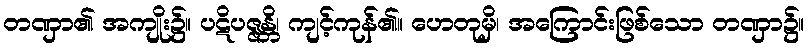
တဏှာ၏ အကျိုး၌။ ပဋိပဇ္ဇန္တိ၊ ကျင့်ကုန်၏။ ဟေတုမှိ၊ အကြောင်းဖြစ်သော တဏှာ၌။